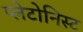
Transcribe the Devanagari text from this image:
प्लेटोनिस्ट